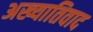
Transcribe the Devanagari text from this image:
अख्यातिवाद